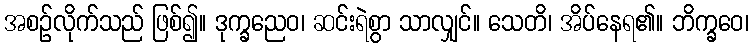
အစဉ်လိုက်သည် ဖြစ်၍။ ဒုက္ခညေဝ၊ ဆင်းရဲစွာ သာလျှင်။ သေတိ၊ အိပ်နေရ၏။ ဘိက္ခဝေ၊